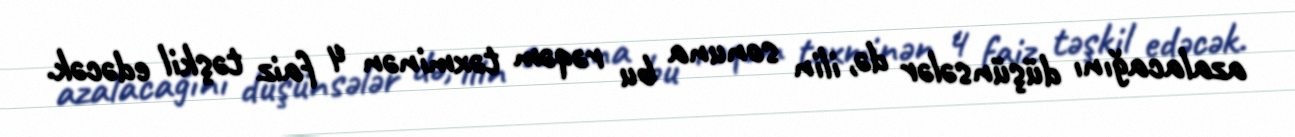
azalacağını düşünsələr də, ilin sonuna bu rəqəm təxminən 4 faiz təşkil edəcək.